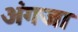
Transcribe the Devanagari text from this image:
अंगजा